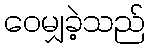
ဝေမျှခဲ့သည်